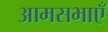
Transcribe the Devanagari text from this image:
आमसभाएँ